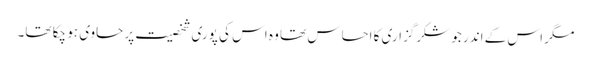
مگر اس کے اندر جو شکرگزاری کا احساس تھا وہ اس کی پوری شخصیت پر حاوی ہو چکا تھا۔